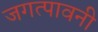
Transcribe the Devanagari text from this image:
जगत्पावनी